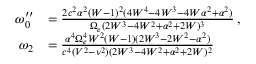
\begin{array} { r l } { \omega _ { 0 } ^ { \prime \prime } } & { = \frac { 2 c ^ { 2 } \alpha ^ { 2 } ( W - 1 ) ^ { 2 } ( 4 W ^ { 4 } - 4 W ^ { 3 } - 4 W \alpha ^ { 2 } + \alpha ^ { 2 } ) } { \Omega _ { e } ( 2 W ^ { 3 } - 4 W ^ { 2 } + \alpha ^ { 2 } + 2 W ) ^ { 3 } } \, , } \\ { \omega _ { 2 } } & { = \frac { \alpha ^ { 4 } \Omega _ { e } ^ { 4 } W ^ { 2 } ( W - 1 ) ( 2 W ^ { 3 } - 2 W ^ { 2 } - \alpha ^ { 2 } ) } { c ^ { 4 } ( V ^ { 2 } - \nu ^ { 2 } ) ( 2 W ^ { 3 } - 4 W ^ { 2 } + \alpha ^ { 2 } + 2 W ) ^ { 2 } } } \end{array}